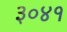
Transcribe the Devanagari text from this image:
३०४१